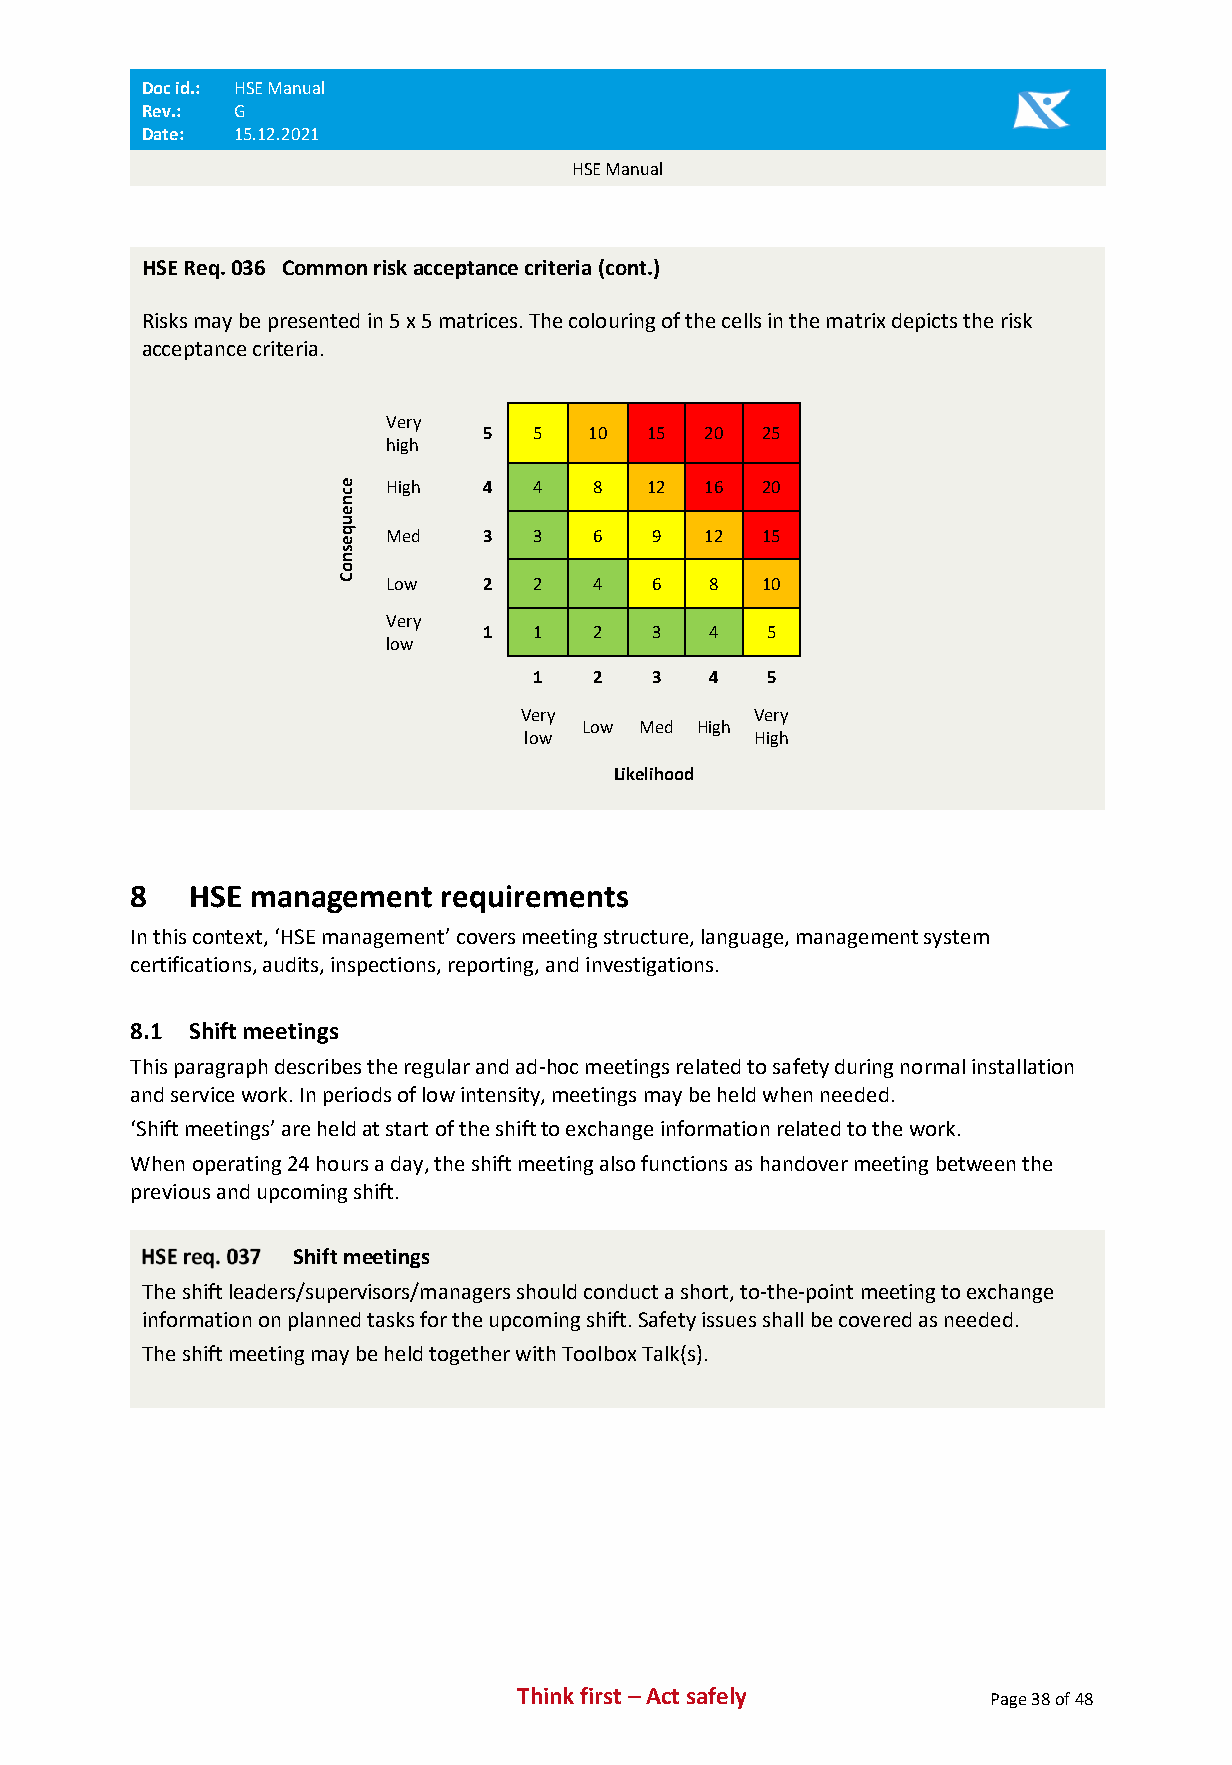
Doc id.: HSE Manual
 Rev.: G
 Date: 15.12.2021
 HSE Manual
 HSE Req. 036 Common risk acceptance criteria (cont.)
 Risks may be presented in 5 x 5 matrices. The colouring of the cells in the matrix depicts the risk
 acceptance criteria.
 Very
 5  5   10  15 20  25
 high
 e  High   4  4   8   12 16  20
 c
 n
 e
 u
 q  Med    3  3   6   9  12  15
 e
 s
 n
 o
 C  Low    2  2   4   6   8  10
 Very
 1  1   2   3   4   5
 low
 1   2   3   4   5
 Very            Very
 Low Med High
 low            High
 Likelihood
 8   HSE management   requirements
 In this context, ‘HSE management’ covers meeting structure, language, management system
 certifications, audits, inspections, reporting, and investigations.
 8.1 Shift meetings
 This paragraph describes the regular and ad-hoc meetings related to safety during normal installation
 and service work. In periods of low intensity, meetings may be held when needed.
 ‘Shift meetings’ are held at start of the shift to exchange information related to the work.
 When operating 24 hours a day, the shift meeting also functions as handover meeting between the
 previous and upcoming shift.
 Shift meetings
 The shift leaders/supervisors/managers should conduct a short, to-the-point meeting to exchange
 information on planned tasks for the upcoming shift. Safety issues shall be covered as needed.
 The shift meeting may be held together with Toolbox Talk(s).
 Think first – Act safely       Page 38 of 48